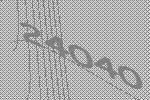
24040